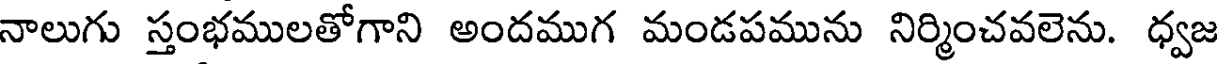
నాలుగు స్తంభములతోగాని అందముగ మండపమును నిర్మించవలెను. ధ్వజ